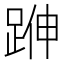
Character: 𨁬